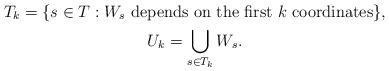
LaTeX: \begin{gather*} T_{k}=\{s\in T: W_{s} \mbox{\,\,depends on the first\,\,} k \mbox{\,\,coordinates}\}, \\ U_{k}=\bigcup_{s\in T_{k}} W_{s}. \end{gather*}